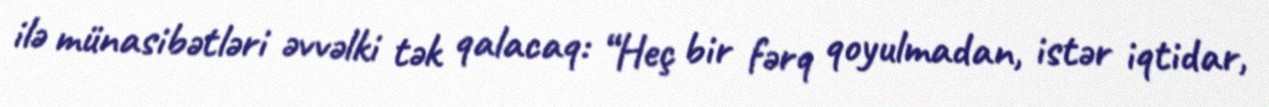
ilə münasibətləri əvvəlki tək qalacaq: “Heç bir fərq qoyulmadan, istər iqtidar,